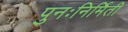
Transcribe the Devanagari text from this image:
पुनःनिर्मिती